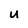
Character: u